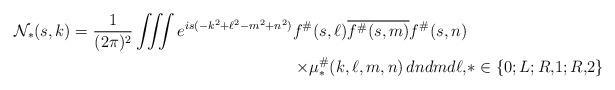
LaTeX: \begin{align*}\mathcal{N}_{\ast}(s,k)=\frac{1}{(2\pi)^{2}} \iiint e^{is(-k^2+\ell^2-m^2+n^2)}f^{\#}(s,\ell)\overline{f^{\#}(s,m)}f^{\#}(s,n) &\\ \times \mu^{\#}_{\ast}(k,\ell,m,n)\,dndmd\ell, & \ast\in\{0; L; R,\!1; R,\!2\}\end{align*}